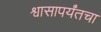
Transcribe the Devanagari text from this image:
श्वासापर्यंतचा